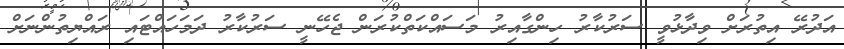
އަދުރޭ އިތުރަށް ވިދާޅުވީ ސަރުކާރު ހިންގާއިރު މަސައްކަތްކުރަން ޖެހޭނީ ސަރުކާރު ދަމަހައްޓައި ރައްޔިތުންނަށް